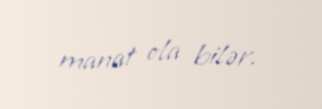
manat ola bilər.